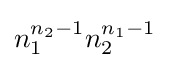
n_{1}^{n_{2}-1}n_{2}^{n_{1}-1}